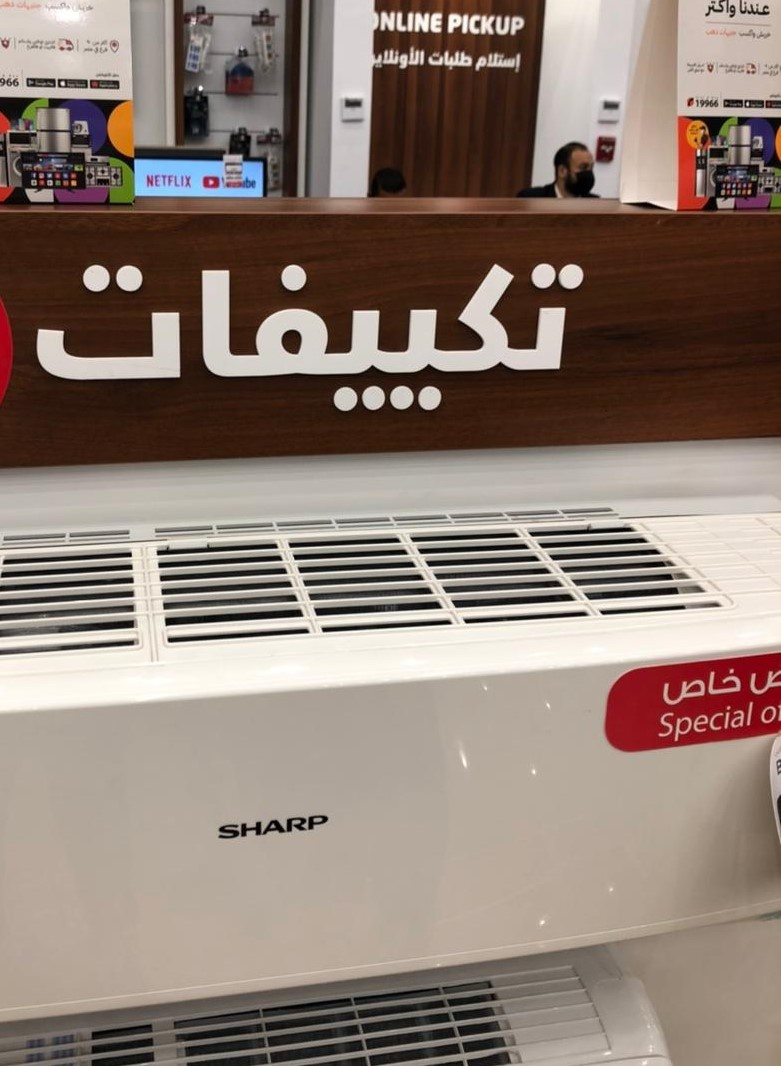
Text in image: عندنا واكتر إستلام طلبات تكييفات خاص PICKUP NETFLIX Special SHARP